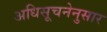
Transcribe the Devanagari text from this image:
अधिसूचनेनुसार